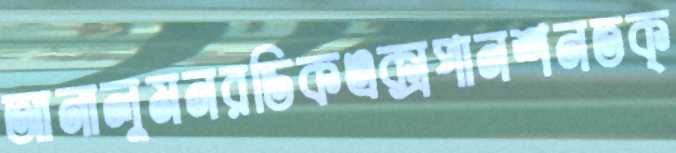
আনালুমনরডিকএক্সপানশনতক্